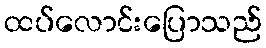
ထပ်လောင်းပြောသည်